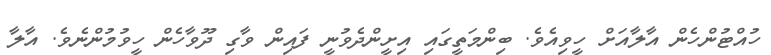
ހުއްޓުންހެން އާލާއަށް ހީވިއެވެ. ބިންމަތީގައި އިށީންދެވުނީ ފައިން ވާގި ދޫވާހެން ހީވުމުންނެވެ. އާލާ